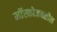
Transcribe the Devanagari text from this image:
मॉस्कोजवळील